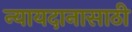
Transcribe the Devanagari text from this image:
न्यायदानासाठी